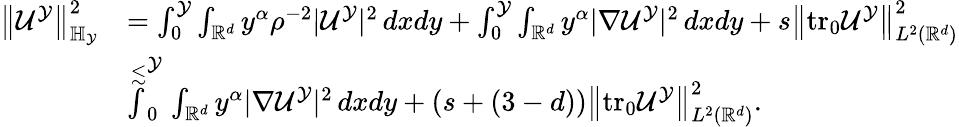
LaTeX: \begin{array}{rl}{\left\| \mathcal{U}^{\mathcal{Y}}\right\| _{\mathbb{H}_{\mathcal{Y}}}^{2}}&{=\int_{0}^{\mathcal{Y}}\int_{\mathbb{R}^{d}}{y^{\alpha}\rho^{-2}|\mathcal{U}^{\mathcal{Y}}|^{2}\, dx}dy+\int_{0}^{\mathcal{Y}}\int_{\mathbb{R}^{d}}{y^{\alpha}|\nabla\mathcal{U}^{\mathcal{Y}}|^{2}\, dx}dy+s\left\| \mathrm{tr_{0}}\mathcal{U}^{\mathcal{Y}}\right\| _{L^{2}(\mathbb{R}^{d})}^{2}}\\ &{\stackrel{\lesssim}\int_{0}^{\mathcal{Y}}\int_{\mathbb{R}^{d}}{y^{\alpha}|\nabla\mathcal{U}^{\mathcal{Y}}|^{2}\, dx}dy+(s+(3-d))\left\| \mathrm{tr_{0}}\mathcal{U}^{\mathcal{Y}}\right\| _{L^{2}(\mathbb{R}^{d})}^{2}.}\end{array}